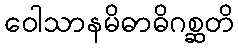
ဝေါသာနမိဓာဓိဂစ္ဆတိ